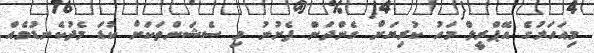
މިއަހަރުގެ އޭޕްރީލް މަހު ކުރިޔަށް ގެންދަން ފެށުނު މި ސެޝަންތަކަށް ކުޑަ މެދުކެނޑުމެއް